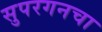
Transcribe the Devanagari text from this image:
सुपरगनचा